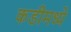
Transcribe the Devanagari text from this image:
कडीमध्ये